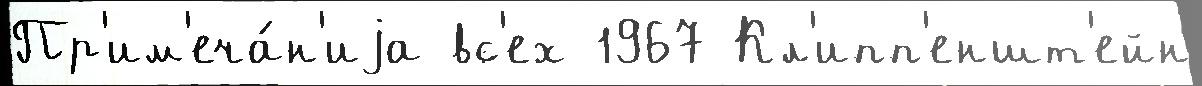
Пр'им'еча́н'иjа вс'ех 1967 Кл'ипп'еншт'ейн